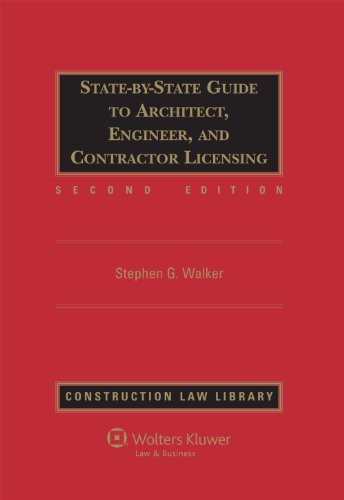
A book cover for State-by-State Guide to Architect, Engineer, and Contractor Licensing, Second Edition (Construction Law Library); Richard A. Holderness; Law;